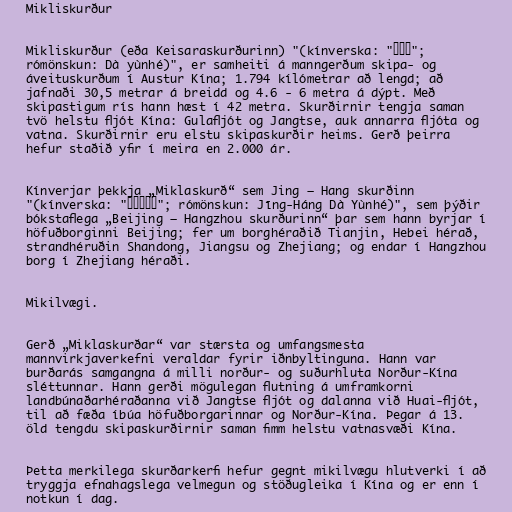
Mikliskurður

Mikliskurður (eða Keisaraskurðurinn) "(kínverska: "大运河";
rómönskun: Dà yùnhé)", er samheiti á manngerðum skipa- og
áveituskurðum í Austur Kína; 1.794 kílómetrar að lengd; að
jafnaði 30,5 metrar á breidd og 4.6 - 6 metra á dýpt. Með
skipastigum rís hann hæst í 42 metra. Skurðirnir tengja saman
tvö helstu fljót Kína: Gulafljót og Jangtse, auk annarra fljóta og
vatna. Skurðirnir eru elstu skipaskurðir heims. Gerð þeirra
hefur staðið yfir í meira en 2.000 ár.

Kínverjar þekkja „Miklaskurð“ sem Jing – Hang skurðinn
"(kínverska: "京杭大运河"; rómönskun: Jīng-Háng Dà Yùnhé)", sem þýðir
bókstaflega „Beijing – Hangzhou skurðurinn“ þar sem hann byrjar í
höfuðborginni Beijing; fer um borghéraðið Tianjin, Hebei hérað,
strandhéruðin Shandong, Jiangsu og Zhejiang; og endar í Hangzhou
borg í Zhejiang héraði.

Mikilvægi.

Gerð „Miklaskurðar“ var stærsta og umfangsmesta
mannvirkjaverkefni veraldar fyrir iðnbyltinguna. Hann var
burðarás samgangna á milli norður- og suðurhluta Norður-Kína
sléttunnar. Hann gerði mögulegan flutning á umframkorni
landbúnaðarhéraðanna við Jangtse fljót og dalanna við Huai-fljót,
til að fæða íbúa höfuðborgarinnar og Norður-Kína. Þegar á 13.
öld tengdu skipaskurðirnir saman fimm helstu vatnasvæði Kína.

Þetta merkilega skurðarkerfi hefur gegnt mikilvægu hlutverki í að
tryggja efnahagslega velmegun og stöðugleika í Kína og er enn í
notkun í dag.